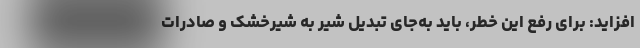
افزاید: برای رفع این خطر، باید به‌جای تبدیل شیر به شیرخشک و صادرات